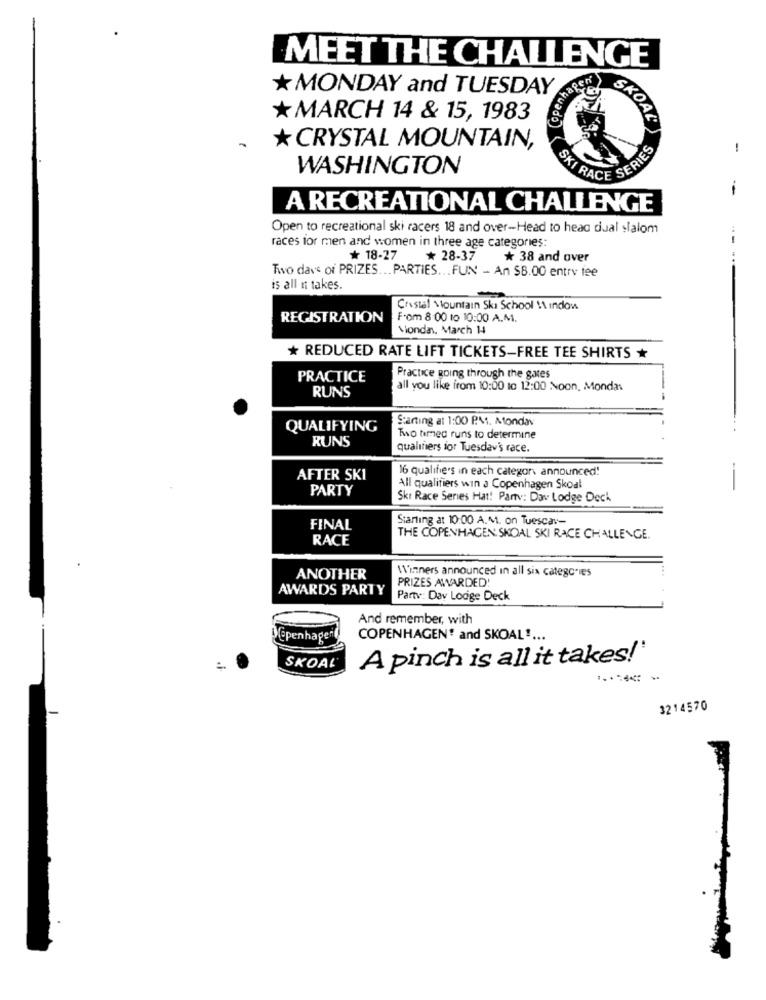
MEET THE CHALLENGE
enhagen'
*MONDAY and TUESDAY
*MARCH 14 & 15, 1983
SKOAL
* CRYSTAL MOUNTAIN,
-
WASHINGTON
SKI RACE SERIES
--
A RECREATIONAL CHALLENGE
Open to recreational ski racers 18 and over-Head to head dual slalom
races for men and women in three age categories:
--
* 18-27
* 28-37
* 38 and over
Two dave of PRIZES ... PARTIES ... FUN - An $8.00 entry fee
is all n takes.
Cristal Mountain Ski School \\indow
REGISTRATION
From 8:00 to 10:00 A.M.
Viondan, March 14
* REDUCED RATE LIFT TICKETS-FREE TEE SHIRTS
PRACTICE
Practice going through the gates
RUNS
all you like irom 10:00 to 12:00 Noon. Monday
Starting at 1:00 P.M. Afondav
QUALIFYING
RUNS
Two timmed runs to determine
qualifiers for Tuesday's race.
16 qualifie's in each categor announced!
AFTER SKI
-
PARTY
All qualifiers win a Copenhagen Skoal
Skr Race Series Hat! Party: Dav Lodge Deck
Starting at 10:00 A.M. on Tuescar-
FINAL
RACE
THE COPENHAGEN SKOAL SKI RACE CHALLENGE.
Winners announced in all six categories
ANOTHER
PRIZES AWARDED!
AWARDS PARTY
Party: Dav Lodge Deck
And remember, with
@penhagen
COPENHAGEN and SKOAL" ...
A pinch is all it takes!'
SKOAL
---- -
3214570